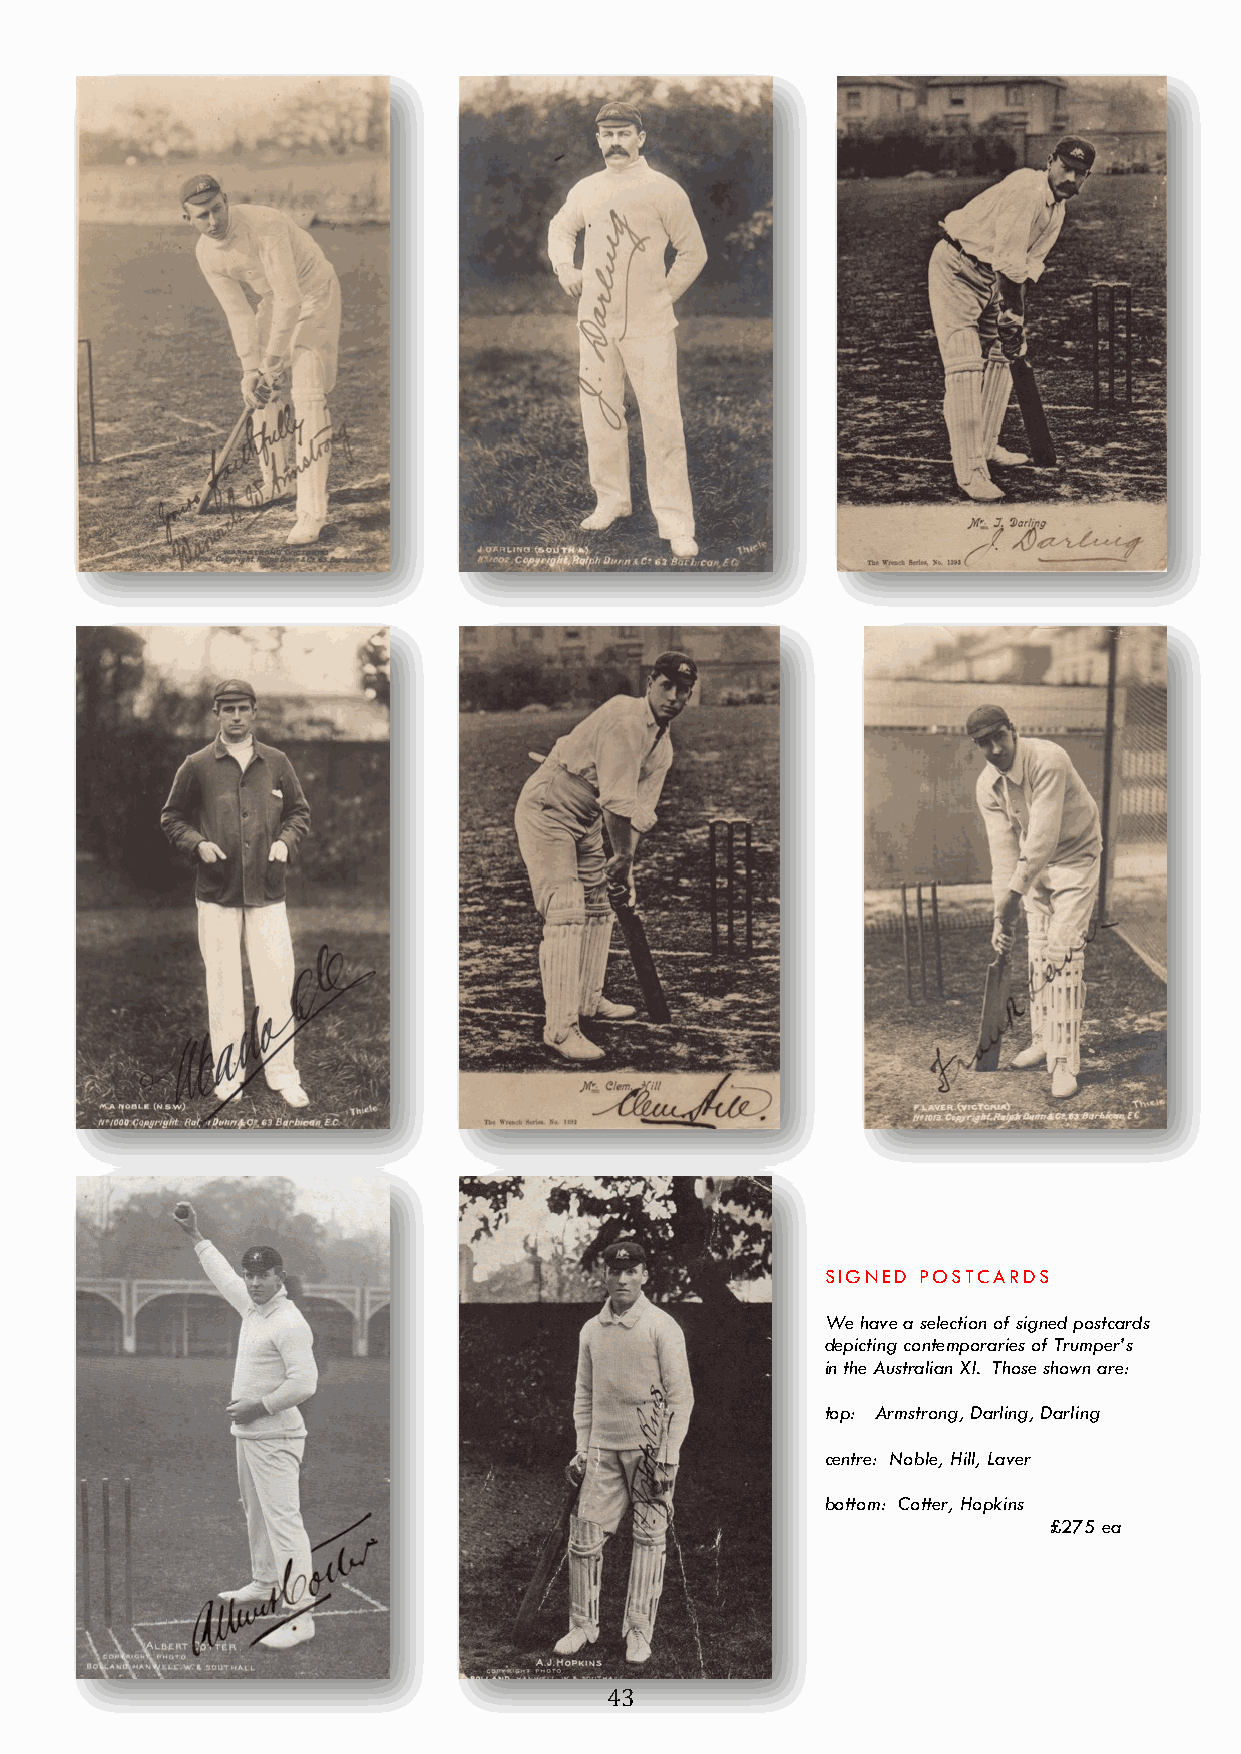
SIGNED POSTCARDS
 We have a selection of signed postcards
 depicting contemporaries of Trumper’s
 in the Australian XI. Those shown are:
 top: Armstrong, Darling, Darling
 centre: Noble, Hill, Laver
 bottom: Cotter, Hopkins
 £275 ea
 43